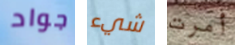
جواد شيء أمرت